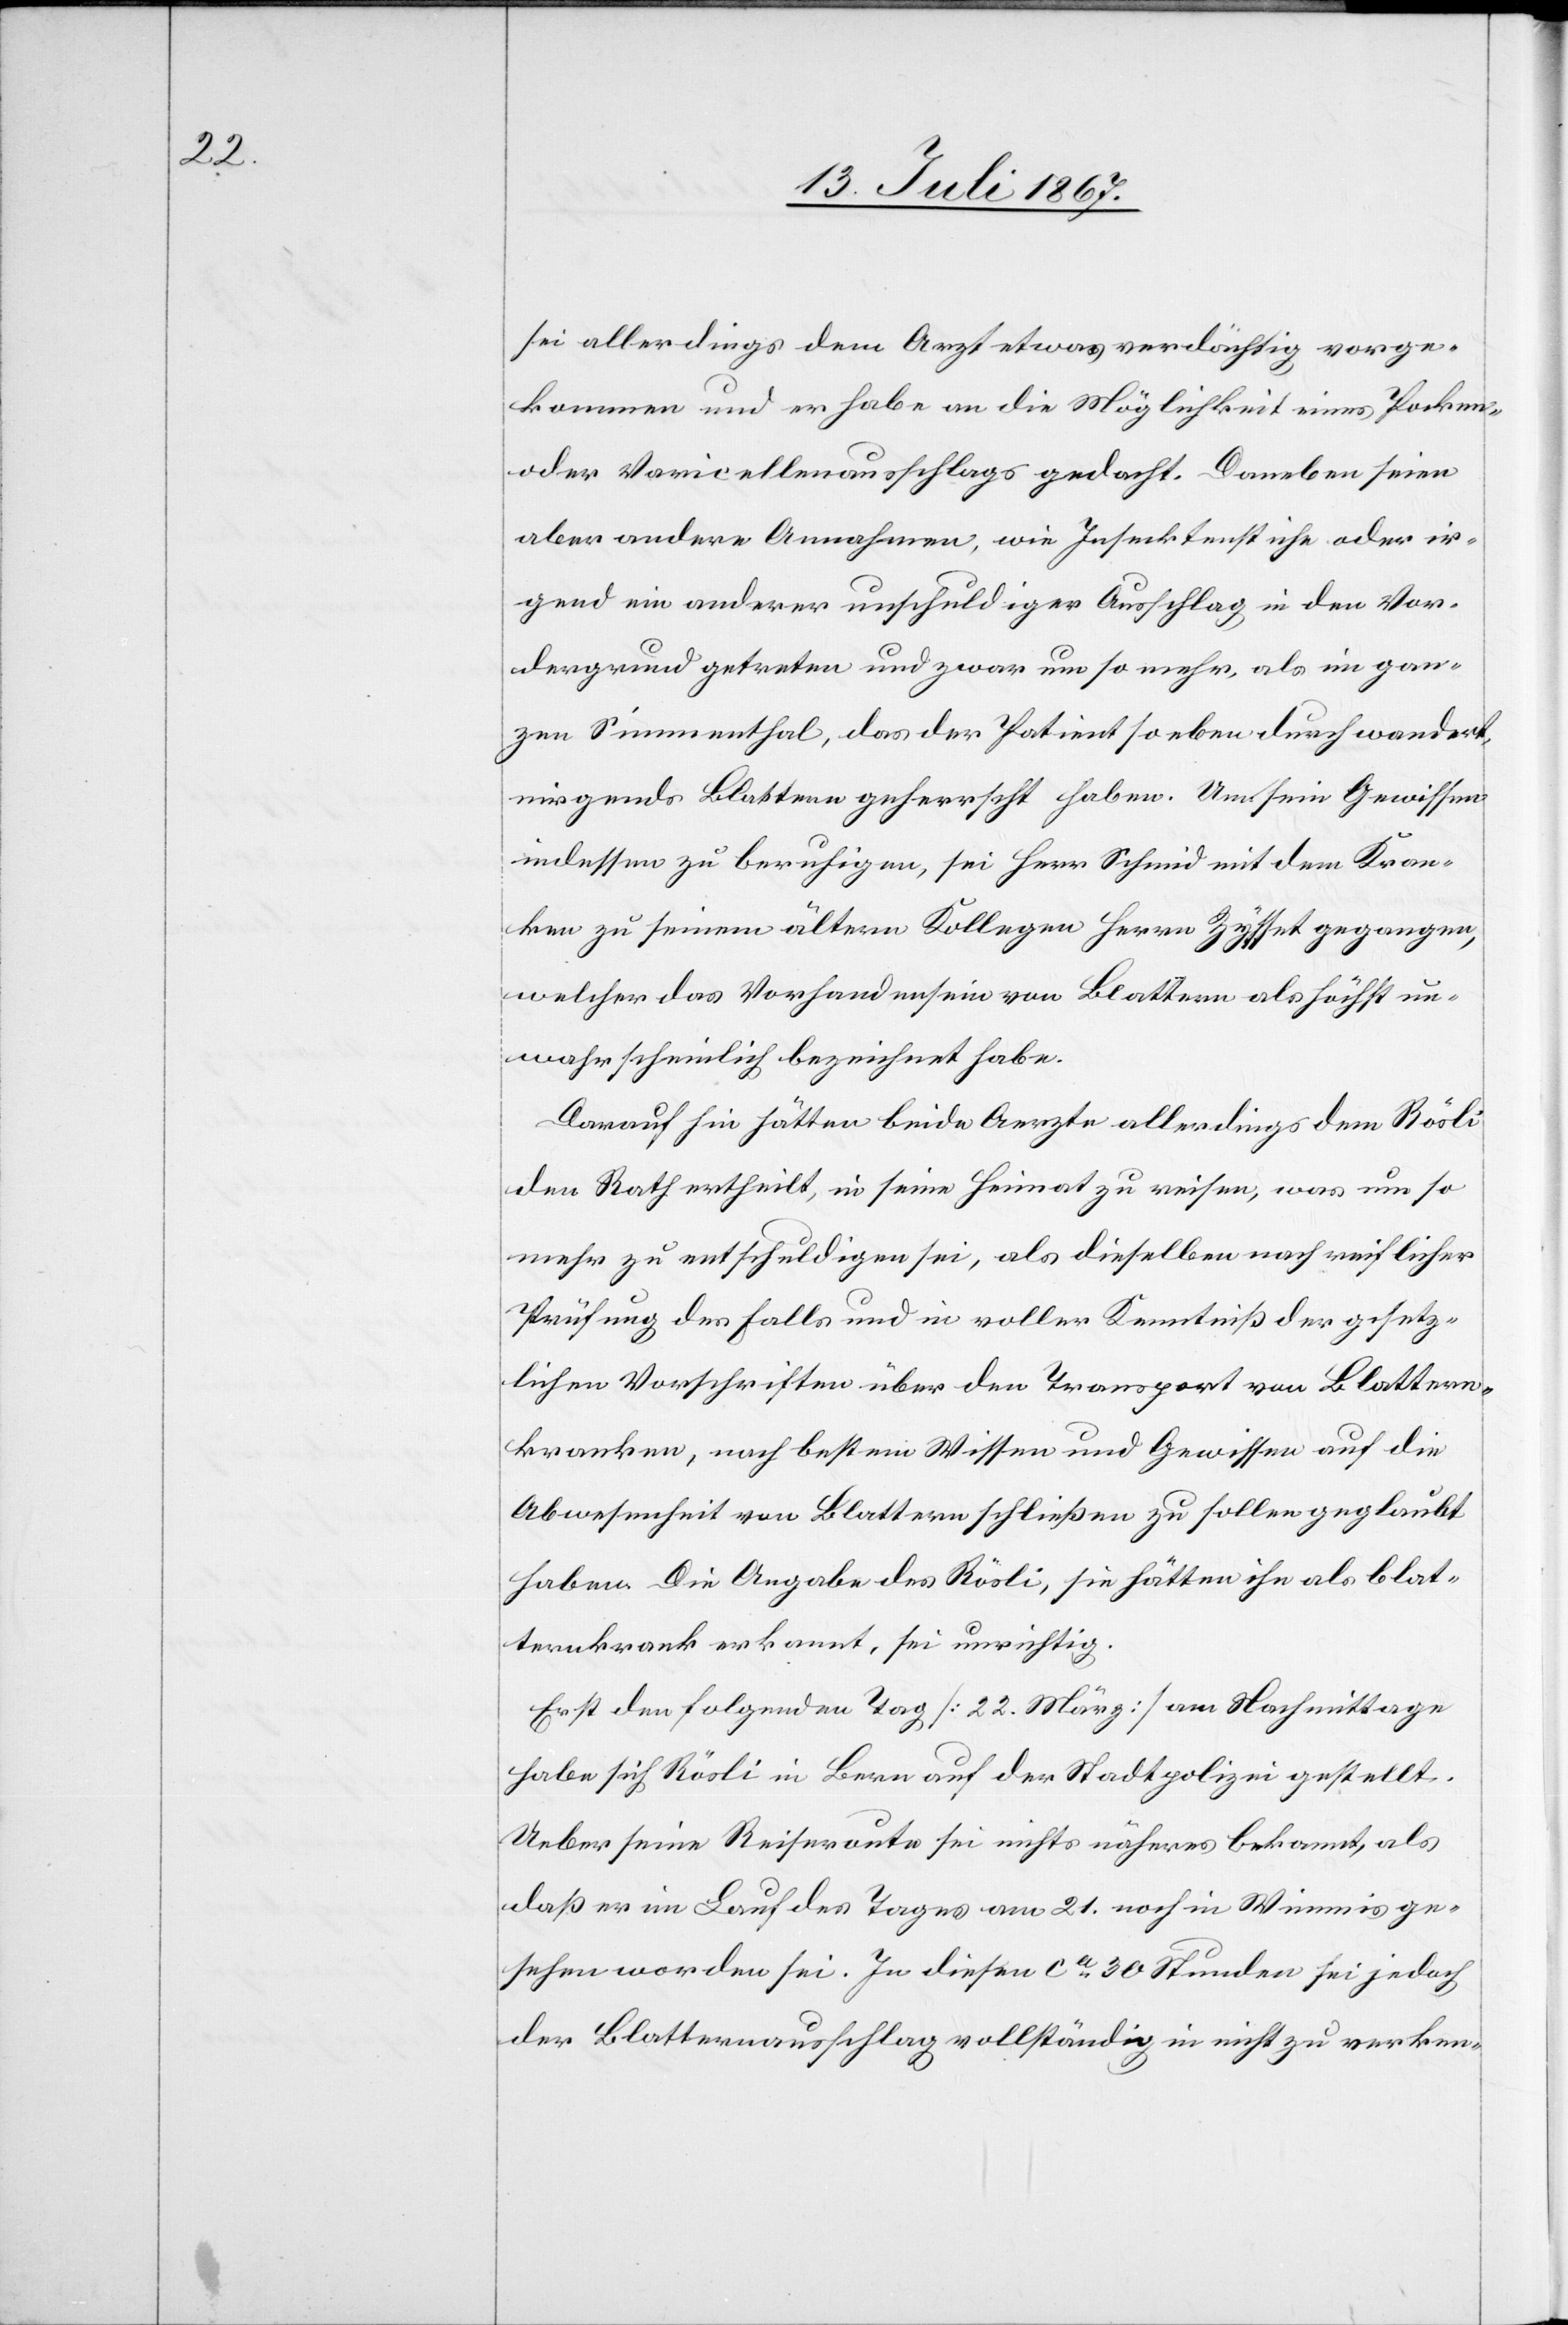
sei allerdings dem Arzt etwas verdächtig vorge¬
kommen und er habe an die Möglichkeit eines Pocken-
oder Varicellenausschlags gedacht. Daneben seien
aber andere Annahmen, wie Insektenstiche oder ir¬
gend ein anderer unschuldiger Ausschlag in den Vor¬
dergrund getreten und zwar um so mehr, als im gan¬
zen Simmenthal, das der Patient so eben durch wandert,
nirgends Blattern geherrscht haben. Um sein Gewissen
indessen zu beruhigen, sei Herr Schmid mit dem Kran¬
ken zu seinem ältern Kollegen Herrn Zysset gegangen,
welcher das Vorhandensein von Blattern als höchst un¬
wahrscheinlich bezeichnet habe.
Darauf hin hätten beide Aerzte allerdings dem Rösli
den Rath ertheilt, in seine Heimat zu reisen, was um so
mehr zu entschuldigen sei, als dieselben nach reiflicher
Prüfung des Falls und in voller Kenntniß der gesetz¬
lichen Vorschriften über den Transport von Blattern¬
kranken, nach bestem Wissen und Gewissen auf die
Abwesenheit von Blattern schließen zu sollen geglaubt
haben. Die Angabe des Rösli, sie hätten ihn als blat¬
ternkrank erkannt, sei unrichtig.
Erst den folgenden Tag [22. März] am Nachmittage
habe sich Rösli in Bern auf der Stadtpolizei gestellt.
Ueber seine Reiseroute sei nichts näheres bekannt, als
daß er im Lauf des Tages am 21. noch in Winnis ge¬
sehen worden sei. In diesen ca. 30 Stunden sei jedoch
der Blatternausschlag vollständig in nicht zu verken-